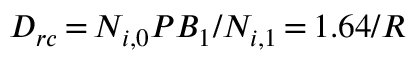
D _ { r c } \, { = } \, N _ { i , 0 } P B _ { 1 } / N _ { i , 1 } \, { = } \, 1 . 6 4 / R